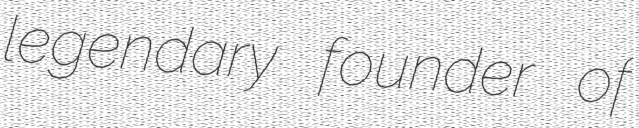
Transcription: legendary founder of